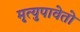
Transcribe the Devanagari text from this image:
मृत्युपावेतो